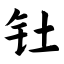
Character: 钍